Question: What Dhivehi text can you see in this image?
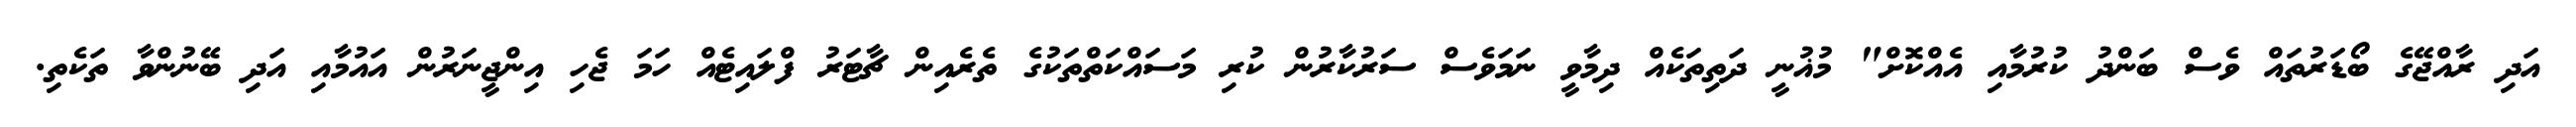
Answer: އަދި ރާއްޖޭގެ ބޯޑަރުތައް ވެސް ބަންދު ކުރުމާއި އެއްކޮށް" މުޣުނީ ދަތިތަކެއް ދިމާވީ ނަމަވެސް ސަރުކާރުން ކުރި މަސައްކަތްތަކުގެ ތެރެއިން ޗާޓަރު ފްލައިޓެއް ހަމަ ޖެހި އިންޖީނަރުން އައުމާއި އަދި ބޭނުންވާ ތަކެތި.